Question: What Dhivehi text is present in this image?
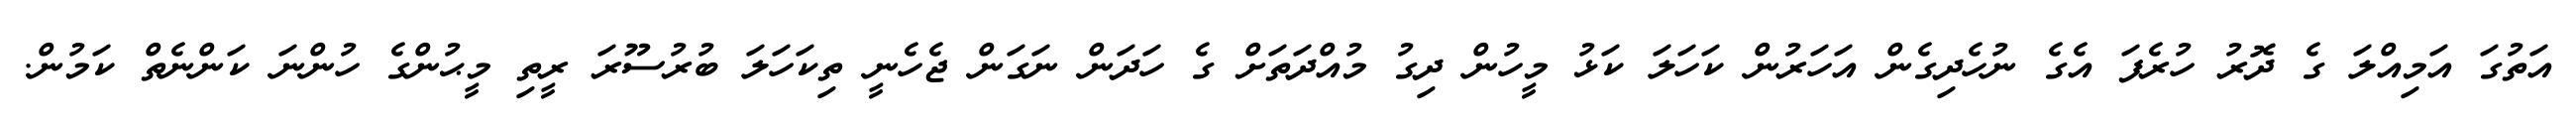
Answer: އަތުގަ އަމިއްލަ ގެ ދޮރު ހުރެފަ އެގެ ނުހެދިގެން އަހަރުން ކަހަލަ ކަޅު މީހުން ދިގު މުއްދަތަށް ގެ ހަދަން ނަގަން ޖެހެނީ ތިކަހަލަ ބުރުސޫރަ ރީތި މީޙުންގެ ހުންނަ ކަންނެތް ކަމުން.